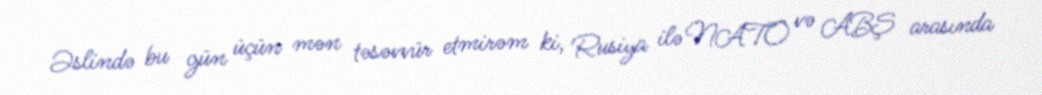
Əslində bu gün üçün mən təsəvvür etmirəm ki, Rusiya ilə NATO və ABŞ arasında